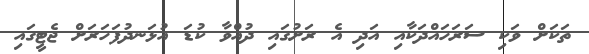
ތަކަށް ވަކި ސަރަހައްދަކާއި އަދި އެ ރަށުގައި ދުއްވާ ކުޑަ އުޅަނދުފަހަރަށް ޖެޓީގައި